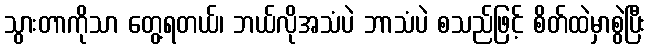
သွားတာကိုသာ တွေ့ရတယ်၊ ဘယ်လိုအသံပဲ ဘာသံပဲ စသည်ဖြင့် စိတ်ထဲမှာစွဲပြီး